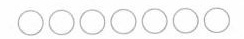
○○○○○○○